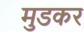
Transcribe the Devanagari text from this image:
मुडकर